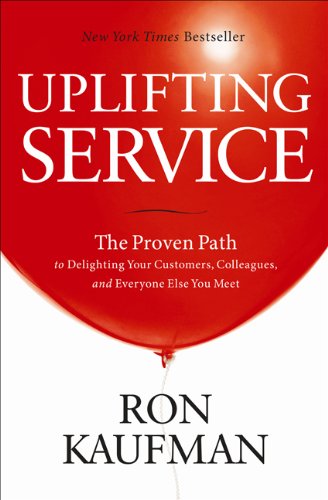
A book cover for Uplifting Service: The Proven Path to Delighting Your Customers, Colleagues, and Everyone Else You Meet; Ron Kaufman; Business & Money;